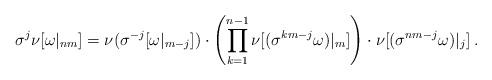
LaTeX: \begin{align*}\sigma^{j}\nu[\omega|_{nm}]=\nu(\sigma^{-j}[\omega|_{m-j}])\cdot\left(\prod_{k=1}^{n-1}\nu[(\sigma^{km-j}\omega)|_{m}]\right)\cdot\nu[(\sigma^{nm-j}\omega)|_{j}]\:.\end{align*}